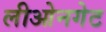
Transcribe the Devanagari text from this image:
लीओनगेट